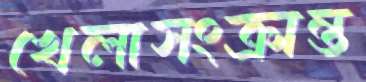
খেলাসংক্রান্ত